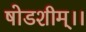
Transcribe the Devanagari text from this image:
षोडशीम्।।